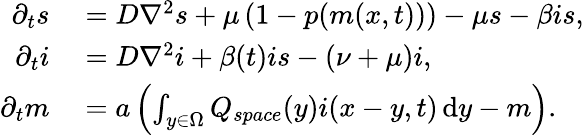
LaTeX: \begin{array}{rl}{\partial_{t}s}&{{}=D\nabla^{2}s+\mu\left(1-p(m(x,t))\right)-\mu s-\beta is,}\\ {\partial_{t}i}&{{}=D\nabla^{2}i+\beta(t)is-(\nu+\mu)i,}\\ {\partial_{t}m}&{{}=a\left(\int_{y\in\Omega}Q_{space}(y)i(x-y,t)\mathop{}\! \mathrm{d}y-m\right).}\end{array}